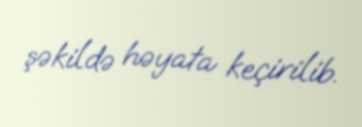
şəkildə həyata keçirilib.